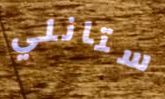
ستانلي